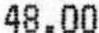
48.00